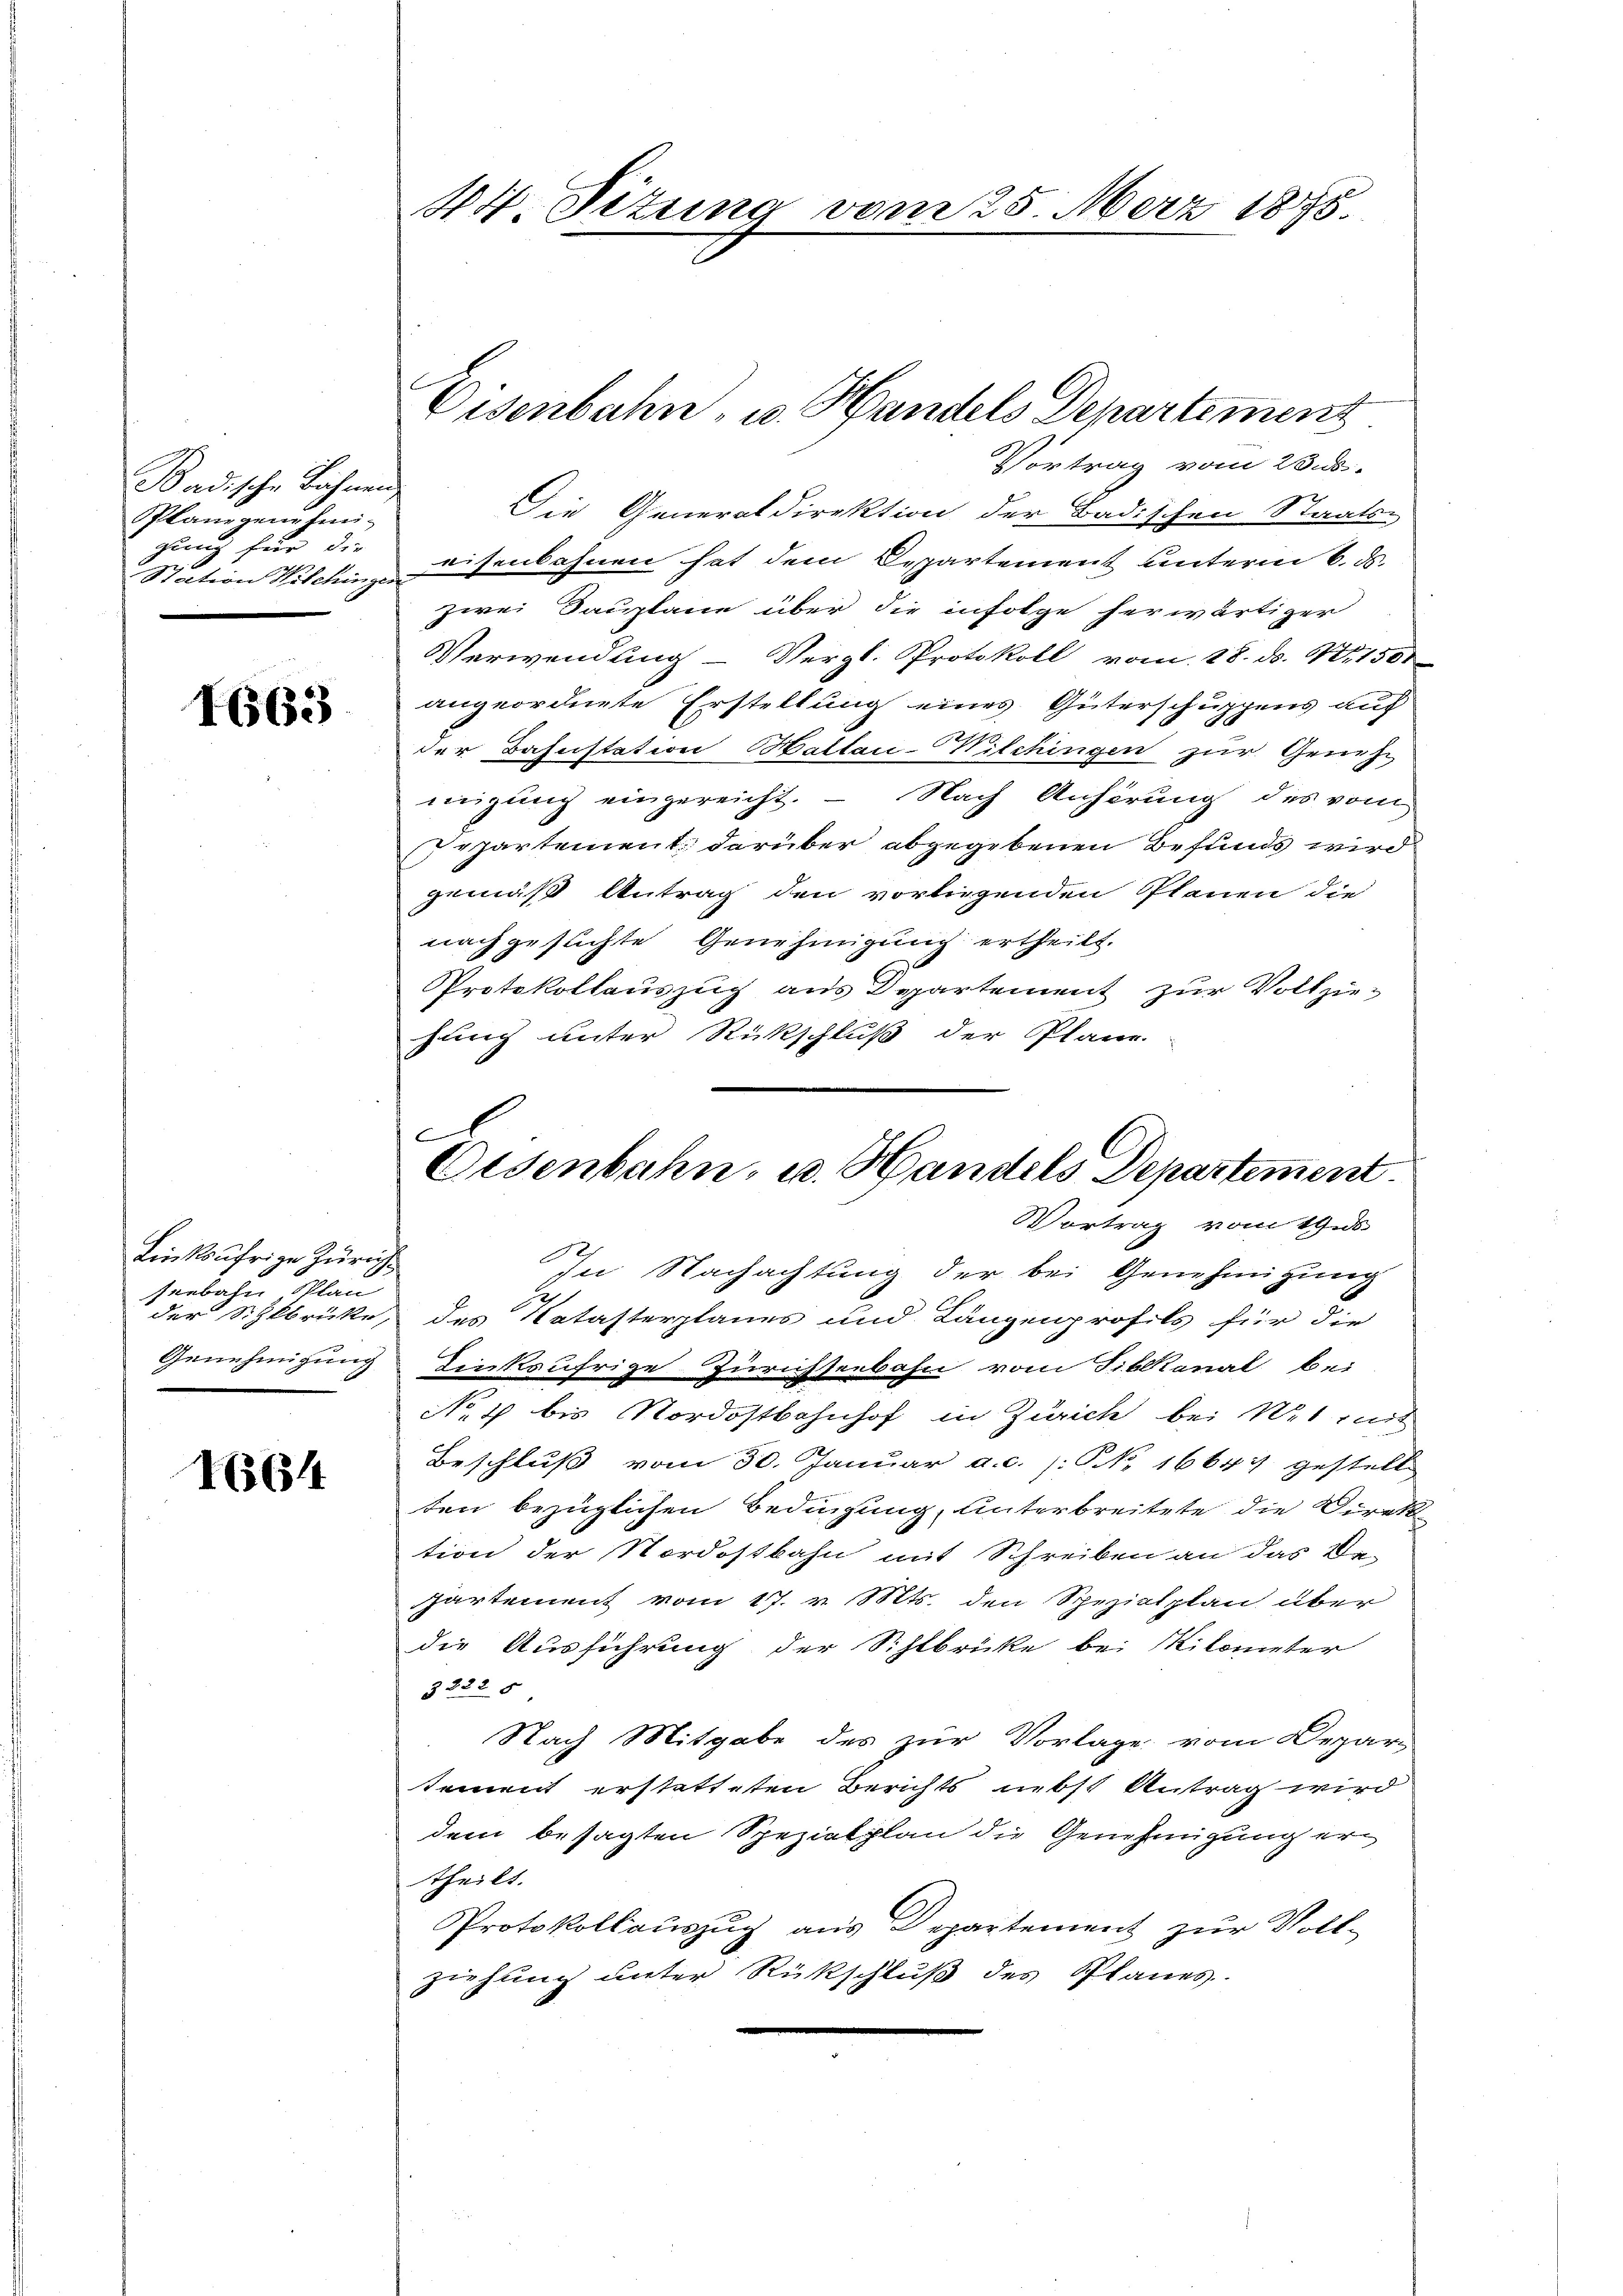
Badische Bahnen
Plangenehmigung für die
Station Wilchinger

1663

Linksufrige Zürich
seebahn Plan
der Sihlbrücke,

1664

44 Situng vom 25. März 1875.

Vortrag vom 23. ds.
Die Generaldirektion der Badischen Staats-
eisenbahnen hat dem Departement unterm 6. ds.
zwei Bauplane über die infolge herwärtiger
Verwendung - Vergl. Protokoll vom 28. d. 1. 1500
angeordnete Erstellung eines Güterschuppens auf
der Bahnstation Baltai-Wilchingen zur Grünhe
migung eingereicht. — Nach Anhörung des vom
Pepartement darüber abgegebenen Befunds wird
gemäß Antrag den vorliegenden Planen die
nachgesuchte Genehmigung ertheilt.
Protokollauszug aus Departement zur Vollziehung unter Rückschluß der Plane.

Eisenbahn, u. Handels Departement

Osenbahn, u. Handels Departement.
Vortrag vom 19 s

In Nachachtung der bei Genehmigung
des Natasterplanes und Längenprofils für die
Genehmigung dinksufrige Zürichseebahn vom Fiblkanal bei
No 4 bis Nordostbahnhof in Zürich bei Wet mit
Beschluß vom 30. Januar a.c. /: NNo. 16641) gestell
ten bezüglichen Bedingung, unterbreitete die Direkt
tion der Nordostbahn mit Schreiben an das Bepartement vom 17. v. Mts. den Spezialplan über
die Ausführung der Sihlbrücke bei Kilometer
3222 5
Nach Mitgabe des zur Vorlage vom Depar-
tement erstatteten Berichts nebst Antrag wird
dem besagten Spezialplan die Genehmigung ertheilt.
Protokollauszug aus Departement zur Vollziehung unter Rückschluß des Planes.